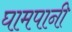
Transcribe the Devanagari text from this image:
घामपानी